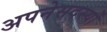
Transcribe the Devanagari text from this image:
अपनेसदस्यों